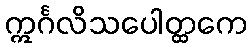
ဣင်္ဂလိသပေါတ္ထကေ